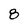
Character: 8